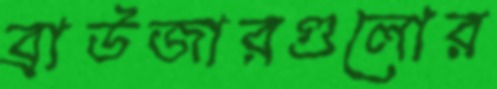
ব্রাউজারগুলোর